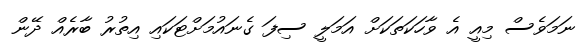
ނަމަވެސް މިއީ އެ ވާހަކަތަކަށް އަމަލީ ސިފަ ގެނައުމަށްޓަކައި އިތުރު ބާރެއް ދޭން